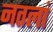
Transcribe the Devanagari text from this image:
नतलां